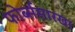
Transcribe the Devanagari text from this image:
फोर्ब्ससारखा